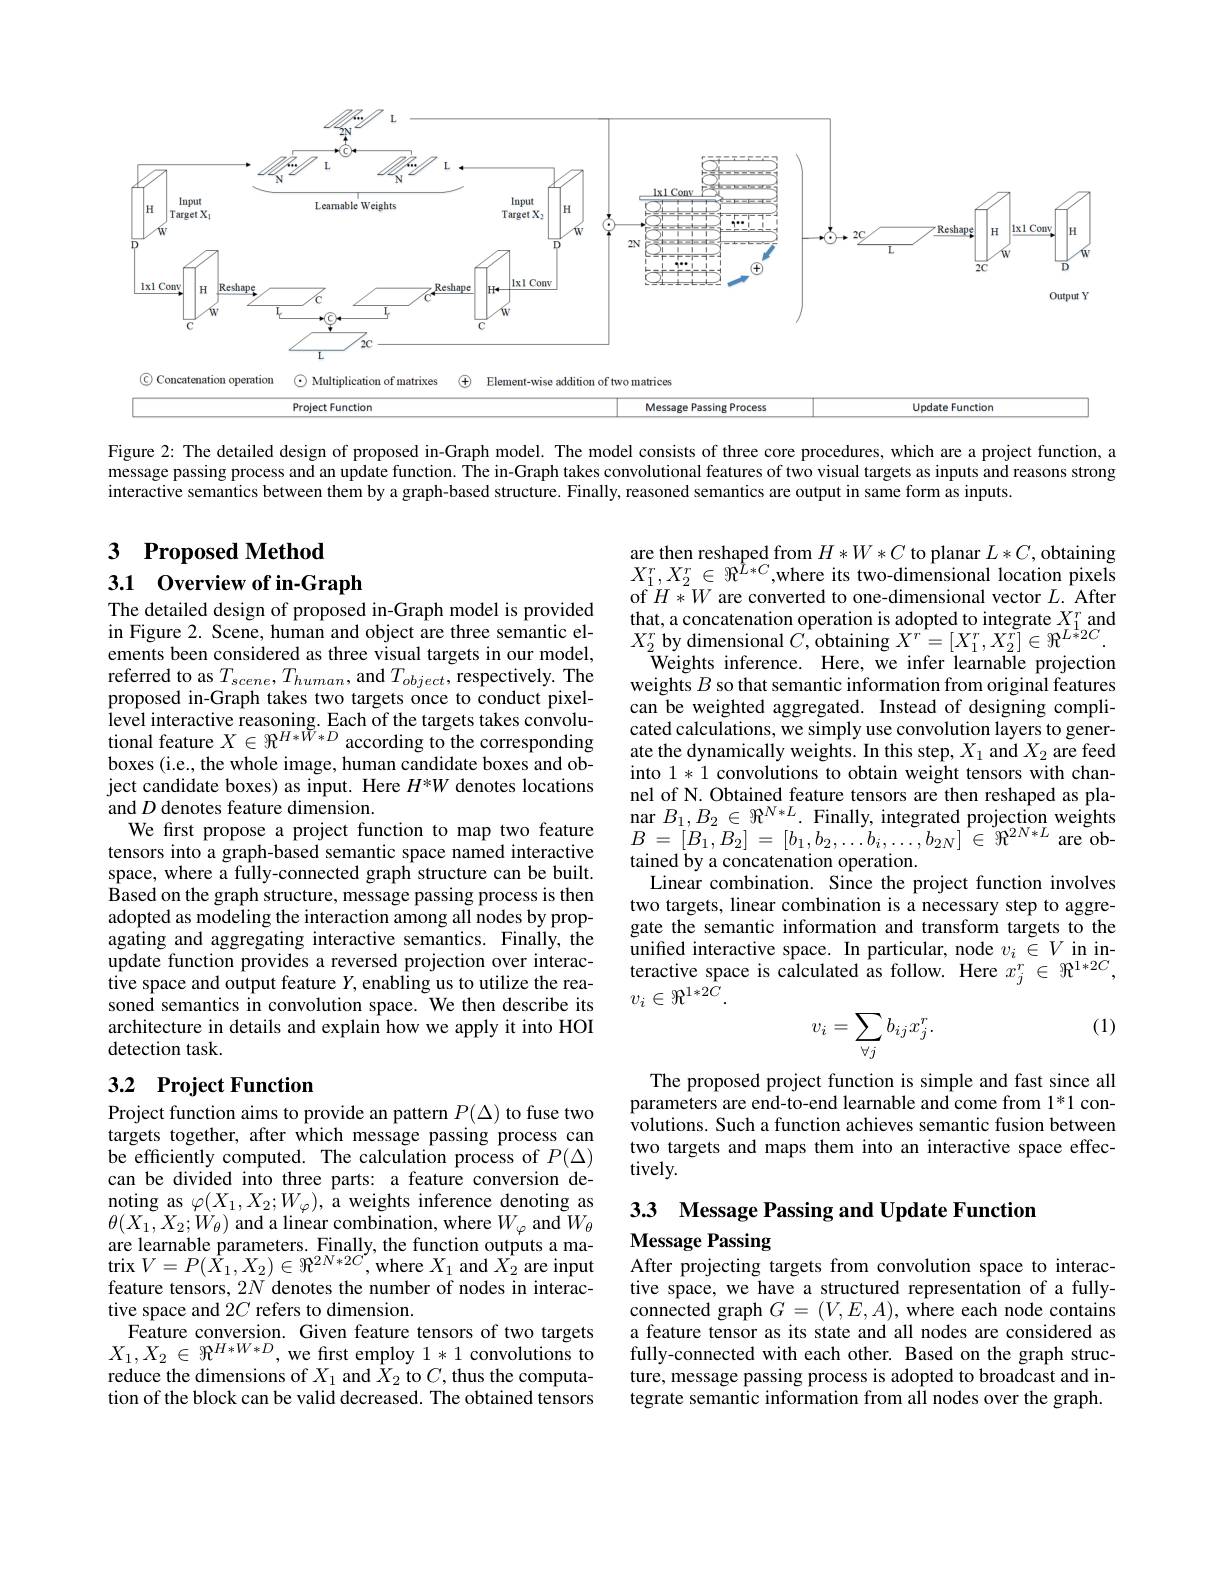
<FigureHere>

Figure 2: The detailed design of proposed in-Graph model. The model consists of three core procedures, which are a project function, a message passing process and an update function. The in-Graph takes convolutional features of two visual targets as inputs and reasons strong interactive semantics between them by a graph-based structure. Finally, reasoned semantics are output in same form as inputs.

3 $\textbf{Proposed Method}$

3.1 0verview of in-Graph

are then reshaped from $H*W*C$ to planar $L*C$, obtaining $X_{1}^{r},X_{2}^{r}\in\Re^{\hat{L}*C}$,where its two-dimensional location pixels of $H*W$ are converted to one-dimensional vector $L.$ After that, a concatenation operation is adopted to integrate $X_1^r$ and $X_{2}^{r}$ by dimensional $C$,obtaining $X^r=[X_1^r,X_2^r]\in\Re^{L\tilde{*}2C}$
$\bar{\text{Weights inference. Here, we infer learnable projection}}$ weights $B$ so that semantic information from original features can be weighted aggregated. Instead of designing compli-
level interactive reasoning. Each of the targets takes convolu- cated calculations, we simply use convolution layers to gener- tonal feare teren terente ond teren terente rentere trentere trentere trentere trentere trentere trentere trentere trente
ate the dynamically weights. In this step, $X_1$ and $X_2$ are feed into 1*1 convolutions to obtain weight tensors with channel of N. Obtained feature tensors are then reshaped as pla- $\begin{array}{c}{\mathrm{nar~}B_{1},B_{2}\in\Re^{N*L}.}&{\mathrm{Finally,~integrated~projection~weights}}\\{\mathrm{P}_{1},B_{2}\in\Re^{N*L}.}\end{array}$ $B$ = $[ B_{1}, B_{2}]$ = $[ b_{1}, b_{2}, \ldots b_{i}, \ldots , b_{2N}]$ $\in$ $\Re ^{2N* L}$ are obtained by a concatenation operation.
Linear combination. Since the project function involves two targets, linear combination is a necessary step to aggregate the semantic information and transform targets to the unified interactive space. In particular, node $v_i\in V$ in interactive space is calculated as follow. Here $x_j^{r}\in\Re^{1*2C}$, $v_i\in\Re^{1*2\tilde{C}}.$
$$v_i=\sum_{\forall j}b_{ij}x_j^r.$$
The detailed design of proposed in-Graph model is provided in Figure 2. Scene, human and object are three semantic elements been considered as three visual targets in our model, referred to as $T_{scene},T_{human}$, and $T_object$, respectively. The proposed in-Graph takes two targets once to conduct pixelboxes (i.e., the whole image, human candidate boxes and object candidate boxes) as input. Here $H^*W$ denotes locations and $D$ denotes feature dimension.
We first propose a project function to map two feature tensors into a graph-based semantic space named interactive space, where a fully-connected graph structure can be built. Based on the graph structure, message passing process is then adopted as modeling the interaction among all nodes by propagating and aggregating interactive semantics. Finally, the update function provides a reversed projection over interactive space and output feature $Y$, enabling us to utilize the reasoned semantics in convolution space. We then describe its architecture in details and explain how we apply it into HOI detection task.

(1)

### 3.2 Project Function

The proposed project function is simple and fast since all parameters are end-to-end learnable and come from 1*1 convolutions. Such a function achieves semantic fusion between two targets and maps them into an interactive space effectively.

3.3 Message Passing and Update Function

Message Passing

$\begin{array}{l}\text{Project function aims to provide an pattern }P(\Delta)\text{ to fuse two}\\\text{targets together, after which message passing process can}\end{array}$ be efficiently computed. The calculation process of $P(\Delta)$ can be divided into three parts: a feature conversion denoting as $\varphi(X_1,X_2;W_\varphi)$, a weights inference denoting as $\theta(X_{1},X_{2};W_{\theta})$ and a linear combination, where $W_{\varphi}$ and $W_{\theta}$ are learnable parameters. Finally, the function outputs a ma- $\operatorname{trix}V=P(X_{1},X_{2})\in\Re^{2N*2C}$,where $X_1$ and $X_2$ are input feature tensors, 2N denotes the number of nodes in interactive space and 2$C$ refers to dimension.
Feature conversion. Given feature tensors of two targets $X_{1},X_{2}\in\Re^{H*W*D}$,we first employ 1*1 convolutions to reduce the dimensions of $X_1$ and $\hat{X}_2$ to $C$, thus the computation of the block can be valid decreased. The obtained tensors

After projecting targets from convolution space to interactive space, we have a structured representation of a fully- $\hat{\text{connected graph }G}=(V,E,A),\hat{\text{where each node contains}}$ a feature tensor as its state and all nodes are considered as fully-connected with each other. Based on the graph structure, message passing process is adopted to broadcast and integrate semantic information from all nodes over the graph.